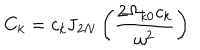
LaTeX: C _ { k } = c _ { k } \mathrm { J } _ { 2 N } \left( \frac { 2 \Omega _ { k 0 } c _ { k } } { \omega ^ { 2 } } \right)